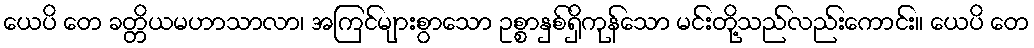
ယေပိ တေ ခတ္တိယမဟာသာလာ၊ အကြင်များစွာသော ဥစ္စာနှစ်ရှိကုန်သော မင်းတို့သည်လည်းကောင်း။ ယေပိ တေ